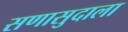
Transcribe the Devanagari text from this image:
सणासुदाला